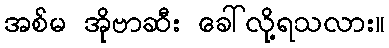
အစ်မ အိုဗာဆီး ခေါ်လို့ရသလား။